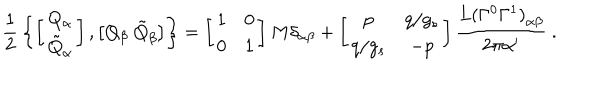
{ \frac { 1 } { 2 } } \left\{ \left[ \begin{array} { c } { { Q _ { \alpha } } } \\ { { \tilde { Q } _ { \alpha } } } \\ \end{array} \right] , \left[ Q _ { \beta } \ \tilde { Q } _ { \beta } \right] \right\} = \left[ \begin{array} { c c } { { 1 } } & { { 0 } } \\ { { 0 } } & { { 1 } } \\ \end{array} \right] M \delta _ { \alpha \beta } + \left[ \begin{array} { c c } { { p } } & { { q / g _ { s } } } \\ { { q / g _ { s } } } & { { - p } } \\ \end{array} \right] { \frac { { L ( \Gamma ^ { 0 } \Gamma ^ { 1 } ) } _ { \alpha \beta } } { 2 \pi { \alpha ^ { \prime } } } } \ .